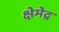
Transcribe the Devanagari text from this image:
क्षेमेद्र